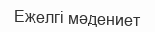
Ежелгі мәдениет